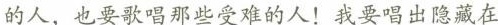
的人，也要歌唱那些受难的人！我要唱出隐藏在